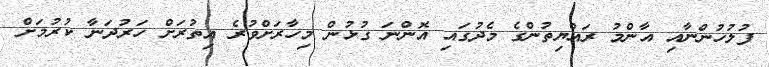
ފުލުހުންނާއި އާންމު ރައްޔިތުންގެ މެދުގައި އޮންނަ ގުޅުން މިހާރަށްވުރެ އިތުރަށް ހަރުދަނާ ކުރުމަށް